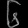
Digit: ၆